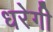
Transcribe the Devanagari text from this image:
धरेगी